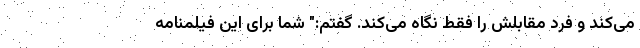
می‌کند و فرد مقابلش را فقط نگاه می‌کند. گفتم:" شما برای این فیلمنامه